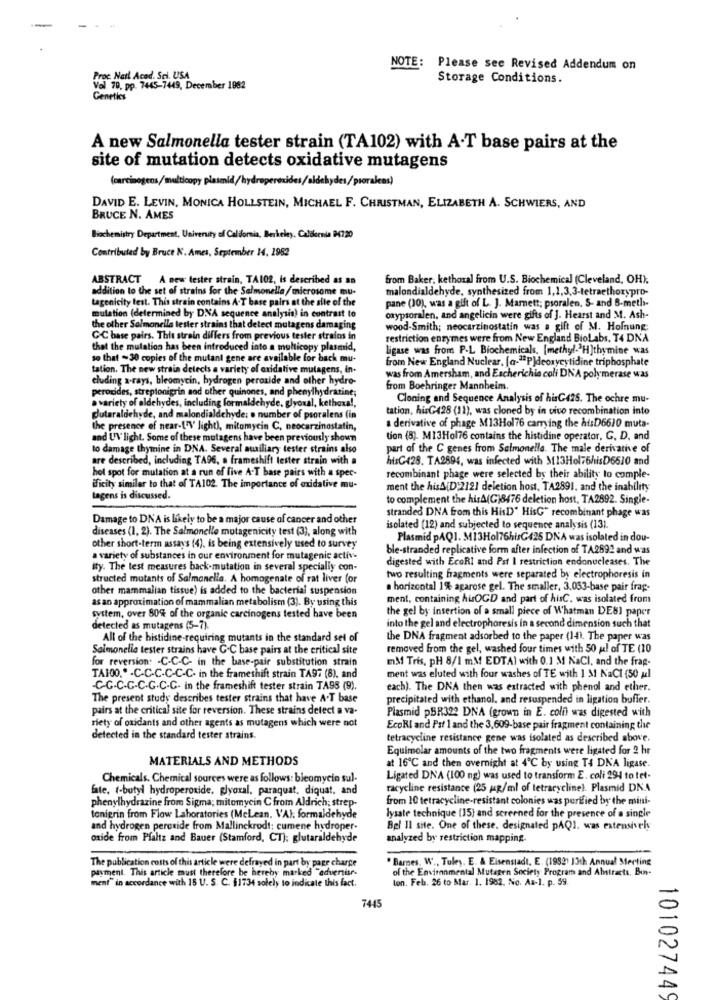
NOTE:
Please see Revised Addendum on
Proc. Natl Acad. Sci. USA
Storage Conditions.
Val. 79, pp. 7445-7449, December 1982
Genetics
A new Salmonella tester strain (TA102) with A-T base pairs at the
site of mutation detects oxidative mutagens
(carcinogens/multicopy plasmid/hydroperoxides/aldehydes/psoralens)
DAVID E. LEVIN, MONICA HOLLSTEIN, MICHAEL F. CHRISTMAN, ELIZABETH A. SCHWIERS, AND
BRUCE N. AMES
Biochemistry Department, University of California, Berkeley, Caldernie 94720
Contributed by Bruce N. Ames, September 14. 1952
ABSTRACT A new tester strain, TA102, Is described as an
from Baker, kethoral from U.S. Biochemical (Cleveland, OH).
addition to the set of strains for the Salmonella/microsome mu-
malondialdehyde, synthesized from 1,1,3,3-tetraethorypro-
tagenicity test. This strain contains A.T base pairs at the site of the
pane (10), was a gift of L. J. Marnett; psoralen. S- and B-meth-
mulation (determined by DNA sequence analysis) in contrast to
oxypsoralen, and angelicin were gifts of J. Hearst and M. Ash-
the other Salmonella lester strains that detect mutagens damaging
wood-Smith; neocarzinostatin was a gift of M. Hofnung;
CC base pairs. This strain differs from previous tester stralos in
restriction enzymes were from New England BioLabs. T4 DNA
that the mutation has been introduced into a multicopy plasmid,
ligase was from P-L Biochemicals, [methyl- H]thymine was
so that - 30 copies of the mutant gene are available for back mu-
from New England Nuclear, [a-"P)deoxyeytidine triphosphate
tation. The new strain detects a variety of oxidative mutagens, in-
eluding x-rays, bleomycin, hydrogen peroxide and other hydro-
was from Amersham, and Escherichia coli DNA polymerase was
peroxides, streptonigrin aod other quinones, and phenylhydrazine;
from Boehringer Mannheim.
a variety of aldehydes, including formaldehyde, glyoxal, kethexa !,
Cloning and Sequence Analysis of hisG425. The ochre mu-
tation, hisG428 (11), was cloned by in vivo recombination into
glutaraldehyde, and malondialdehyde; o number of psoralens (in
the presence of near-['V' light), mitomycin C, neocarzinostatin,
a derivative of phage M13Hol76 carrying the ht:D6610 muta-
and UV light. Some of these mutagens have been previously shown
tion (8). M13Hol76 contains the histidine operator, C, D, and
to damage thymine in DNA. Several auxiliary tester strains also
part of the C genes from Salmonella. The male derivative of
are described, including TA96, a frameshift lester strain with a
hisG428. TA2894, was infected with 3[13Hol76hisD6610 and
hot spot for mutation at a run of five A-T base pairs with a spec-
recombinant phage were selected by their ability to comple-
ificity similar to that of TA102. The importance of oxidative mu-
ment the hisA[D:2121 deletion host, TA2891, and the inability
tagens is discussed.
to complement the hisA(G)8476 deletion host, TA2892. Single-
stranded DNA from this HisD' HisG" recombinant phage was
Damage to DNA is likely to be a major cause of cancer and other
diseases (1, 2). The Salmonelle mutagenicity test (3), along with
isolated (12) and subjected to sequence analysis (13).
Plasmid PAQ1. M13Hol76hisG425 DNA was isolated in dou-
other short-term assays (4), is being extensively used to survey
ble-stranded replicative form after infection of TA2692 and was
a variety of substances in our environment for mutagenic activ-
digested with EcoRI and Pst I restriction endonucleases. The
ity. The test measures back-mutation in several specially con-
structed mutants of Salmonella. A homogenate of rat liver (or
two resulting fragments were separated by electrophoresis in
other mammalian tissue) is added to the bacterial suspension
a horizontal 1% agarose gel. The smaller, 3.053-base pair frag-
as an approximation of mammalian metabolism (3). By using this
ment, containing husOGD and part of hisC. was isolated from
the gel by insertion of a small piece of Whatman DE8] paper
system, over 80% of the organic carcinogens tested have been
detected as mutagens (5-7).
into the gel and electrophoresis in a second dimension such that
All of the histidine-requiring mutants in the standard set of
the DNA fragment adsorbed to the paper (14). The paper was
Salmonella tester strains have G.C base pairs at the critical site
removed from the gel, washed four times with 50 g! of TE (10
for reversion: - C-C-C- in the base-pair substitution strain
IM Tris, pH 8/1 mM EDTA) with 0.1 M NaCl, and the frag-
TA100 .. . C.C-C-C-C-C- in the frameshift strain TA97 (8), and
ment was eluted with four washes of TE with 1 MI NaCt (50 ul
-C-G.C.G-C.G.C-C- in the frameshift tester strain TASS (9).
each). The DNA then was extracted with phenol and ether.
The present study describes tester strains that have A-T base
precipitated with ethanol, and resuspended in ligation buffer.
pairs at the critical site for reversion. These strains detect a va-
Plasmid pBR322 DNA (grown in E. coli) was digested with
riety of oxidants and other agents as mutagens which were not
EcoRI and Paf 1 and the 3,609-base pair fragment containing the
detected in the standard tester strains.
tetracycline resistance gene was isolated as described above.
Equimolar amounts of the two fragments were ligated for 2 hr
MATERIALS AND METHODS
at 16℃ and then overnight at 4℃ by using T4 DNA ligase.
Chemicals. Chemical sources were as follows: bleomycin sul-
Ligated DNA (100 ng) was used to transform E. coli 294 to tet.
fate, t-butyl hydroperoxide, glyoxal, paraquat, diquat, and
racycline resistance (25 mg/ml of tetracycline). Plasmid DNA
phenylhydrazine from Sigma; mitomycin C from Aldrich; strep-
from 10 tetracycline-resistant colonies was purified by the mini-
tonierin from Flow Laboratories (McLean. VAI: formaldehyde
lysate technique (15) and screened for the presence of a single
and hydrogen peroxide from Mallinckrodt: cumene hydroper-
Bel Il site. One of these. designated pAQ1, was extensively
oxide from Pfaltz and Bauer (Stamford, CT): glutaraldehyde
analyzed by restriction mapping.
. Barnes. W ., Tuley. E. & Eisenstadt, E. (1992) 13th Annual Meeting
payment. This article must therefore be hereby marked "advertise-
The publication costs of this article were defrayed in part by page charge
of the Environmental Mutagen Society Program and Abstracts. Bun-
ment" in accordance with 15 U. S. C. $1734 solely to indicate this fact.
ton. Feb. 26 to Mar. 1. 1982. No. Aa-1. p. 59.
7445
101027449